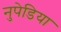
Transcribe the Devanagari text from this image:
नुपेडिया